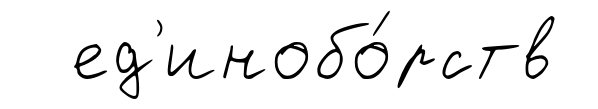
ед'инобо́рств